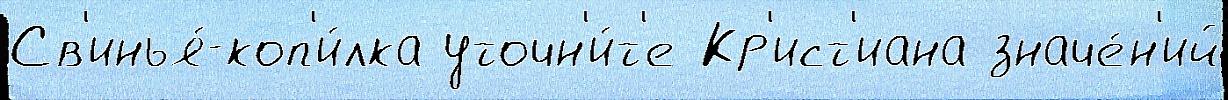
Св'инья́-коп'и́лка уточн'и́т'е Кр'ист'иана значе́н'ий